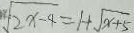
\sqrt { 2 x - 4 } = 1 + \sqrt { x + 5 }